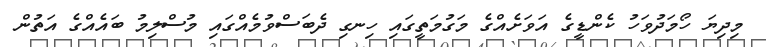
މިދިޔަ ހޯމަދުވަހު ކެންޑީގެ އަވަށެއްގެ މަގުމަތީގައި ހިނގި ދެބަސްވުމެއްގައި މުސްލިމު ބައެއްގެ އަތުން